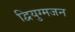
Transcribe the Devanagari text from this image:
द्वियुग्मजन